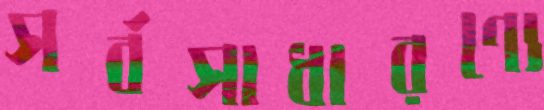
সর্বসাধারণ্যে